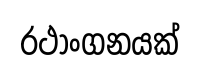
රථාංගනයක්